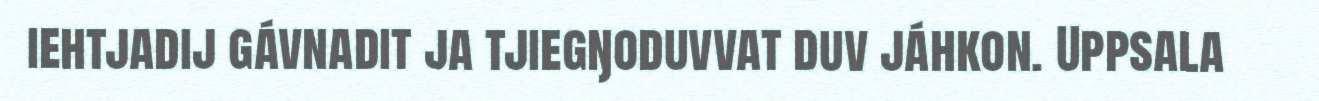
iehtjadij gávnadit ja tjiegŋoduvvat duv jáhkon. Uppsala